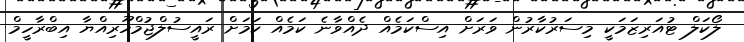
ލޯކަލް ޓުއަރިޒަމަކީ މިސަރުކާރުން ވަރަށް އިސްކަމެއް ދެއްވާނެ ކަމެއް ކަމަށް ރައީސުލްޖުމްހޫރިއްޔާ އިބްރާހީމް